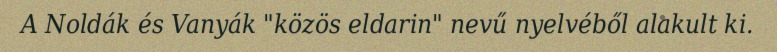
A Noldák és Vanyák "közös eldarin" nevű nyelvéből alakult ki.